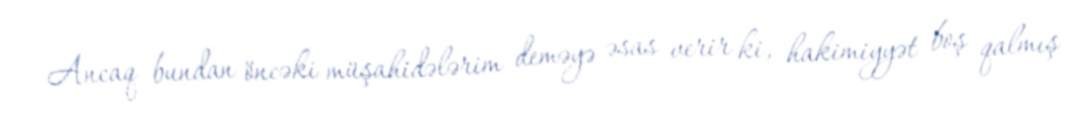
Ancaq bundan öncəki müşahidələrim deməyə əsas verir ki, hakimiyyət boş qalmış